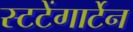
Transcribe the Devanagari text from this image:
स्टटेंगार्टेन